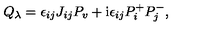
Q _ { \lambda } = \epsilon _ { i j } J _ { i j } P _ { v } + \mathrm { i } \epsilon _ { i j } P _ { i } ^ { + } P _ { j } ^ { - } ,